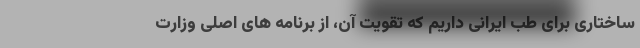
ساختاری برای طب ایرانی داریم که تقویت آن، از برنامه های اصلی وزارت